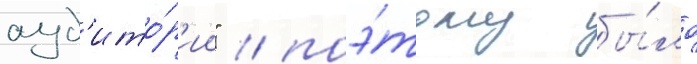
ауд'ито́р'ии" / поэ́тому бы́ло